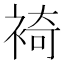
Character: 裿